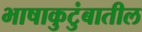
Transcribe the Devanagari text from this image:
भाषाकुटुंबातील